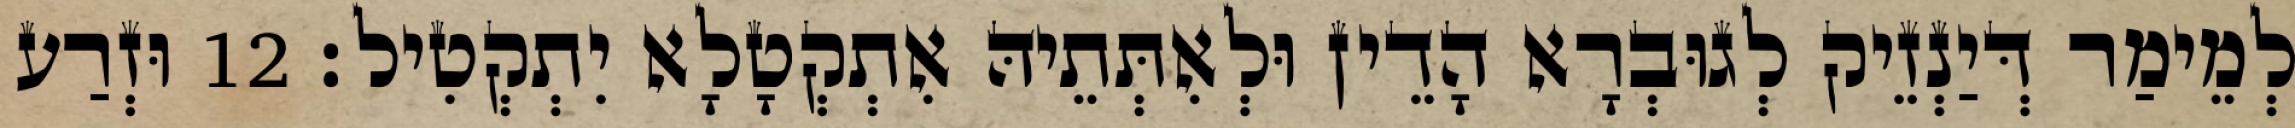
לְמֵימַר דְּיַנְזֵיק לְגוּבְרָא הָדֵין וּלְאִתְּתֵיהּ אִתְקְטָלָא יִתְקְטִיל׃ 12 וּזְרַע